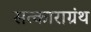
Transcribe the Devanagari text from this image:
सत्काराग्रंथ